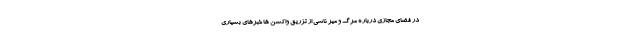
در فضای مجازی درباره مرگ و میر ناشی از تزریق واکسن ها خبرهای بسیاری